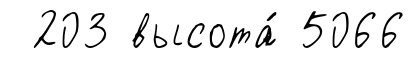
203 высота́ 5066